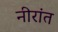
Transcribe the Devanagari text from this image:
नीरांत